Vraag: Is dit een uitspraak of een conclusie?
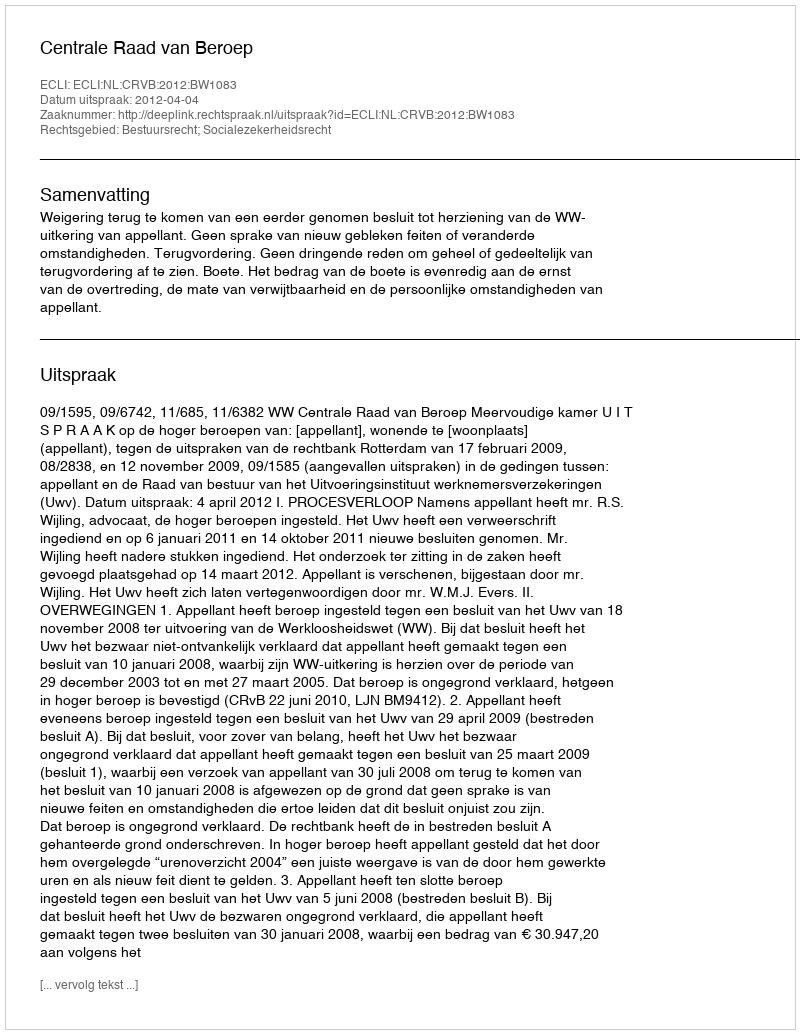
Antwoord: Uitspraak